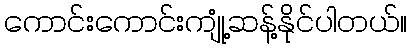
ကောင်းကောင်းကျုံ့ဆန့်နိုင်ပါတယ်။